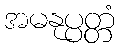
အမနုပ္ပတ္တံ